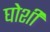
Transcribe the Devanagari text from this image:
घोशी